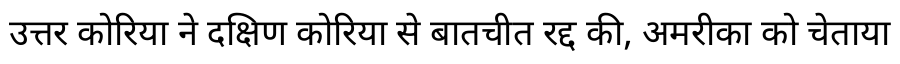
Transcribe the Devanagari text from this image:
उत्तर कोरिया ने दक्षिण कोरिया से बातचीत रद्द की, अमरीका को चेताया